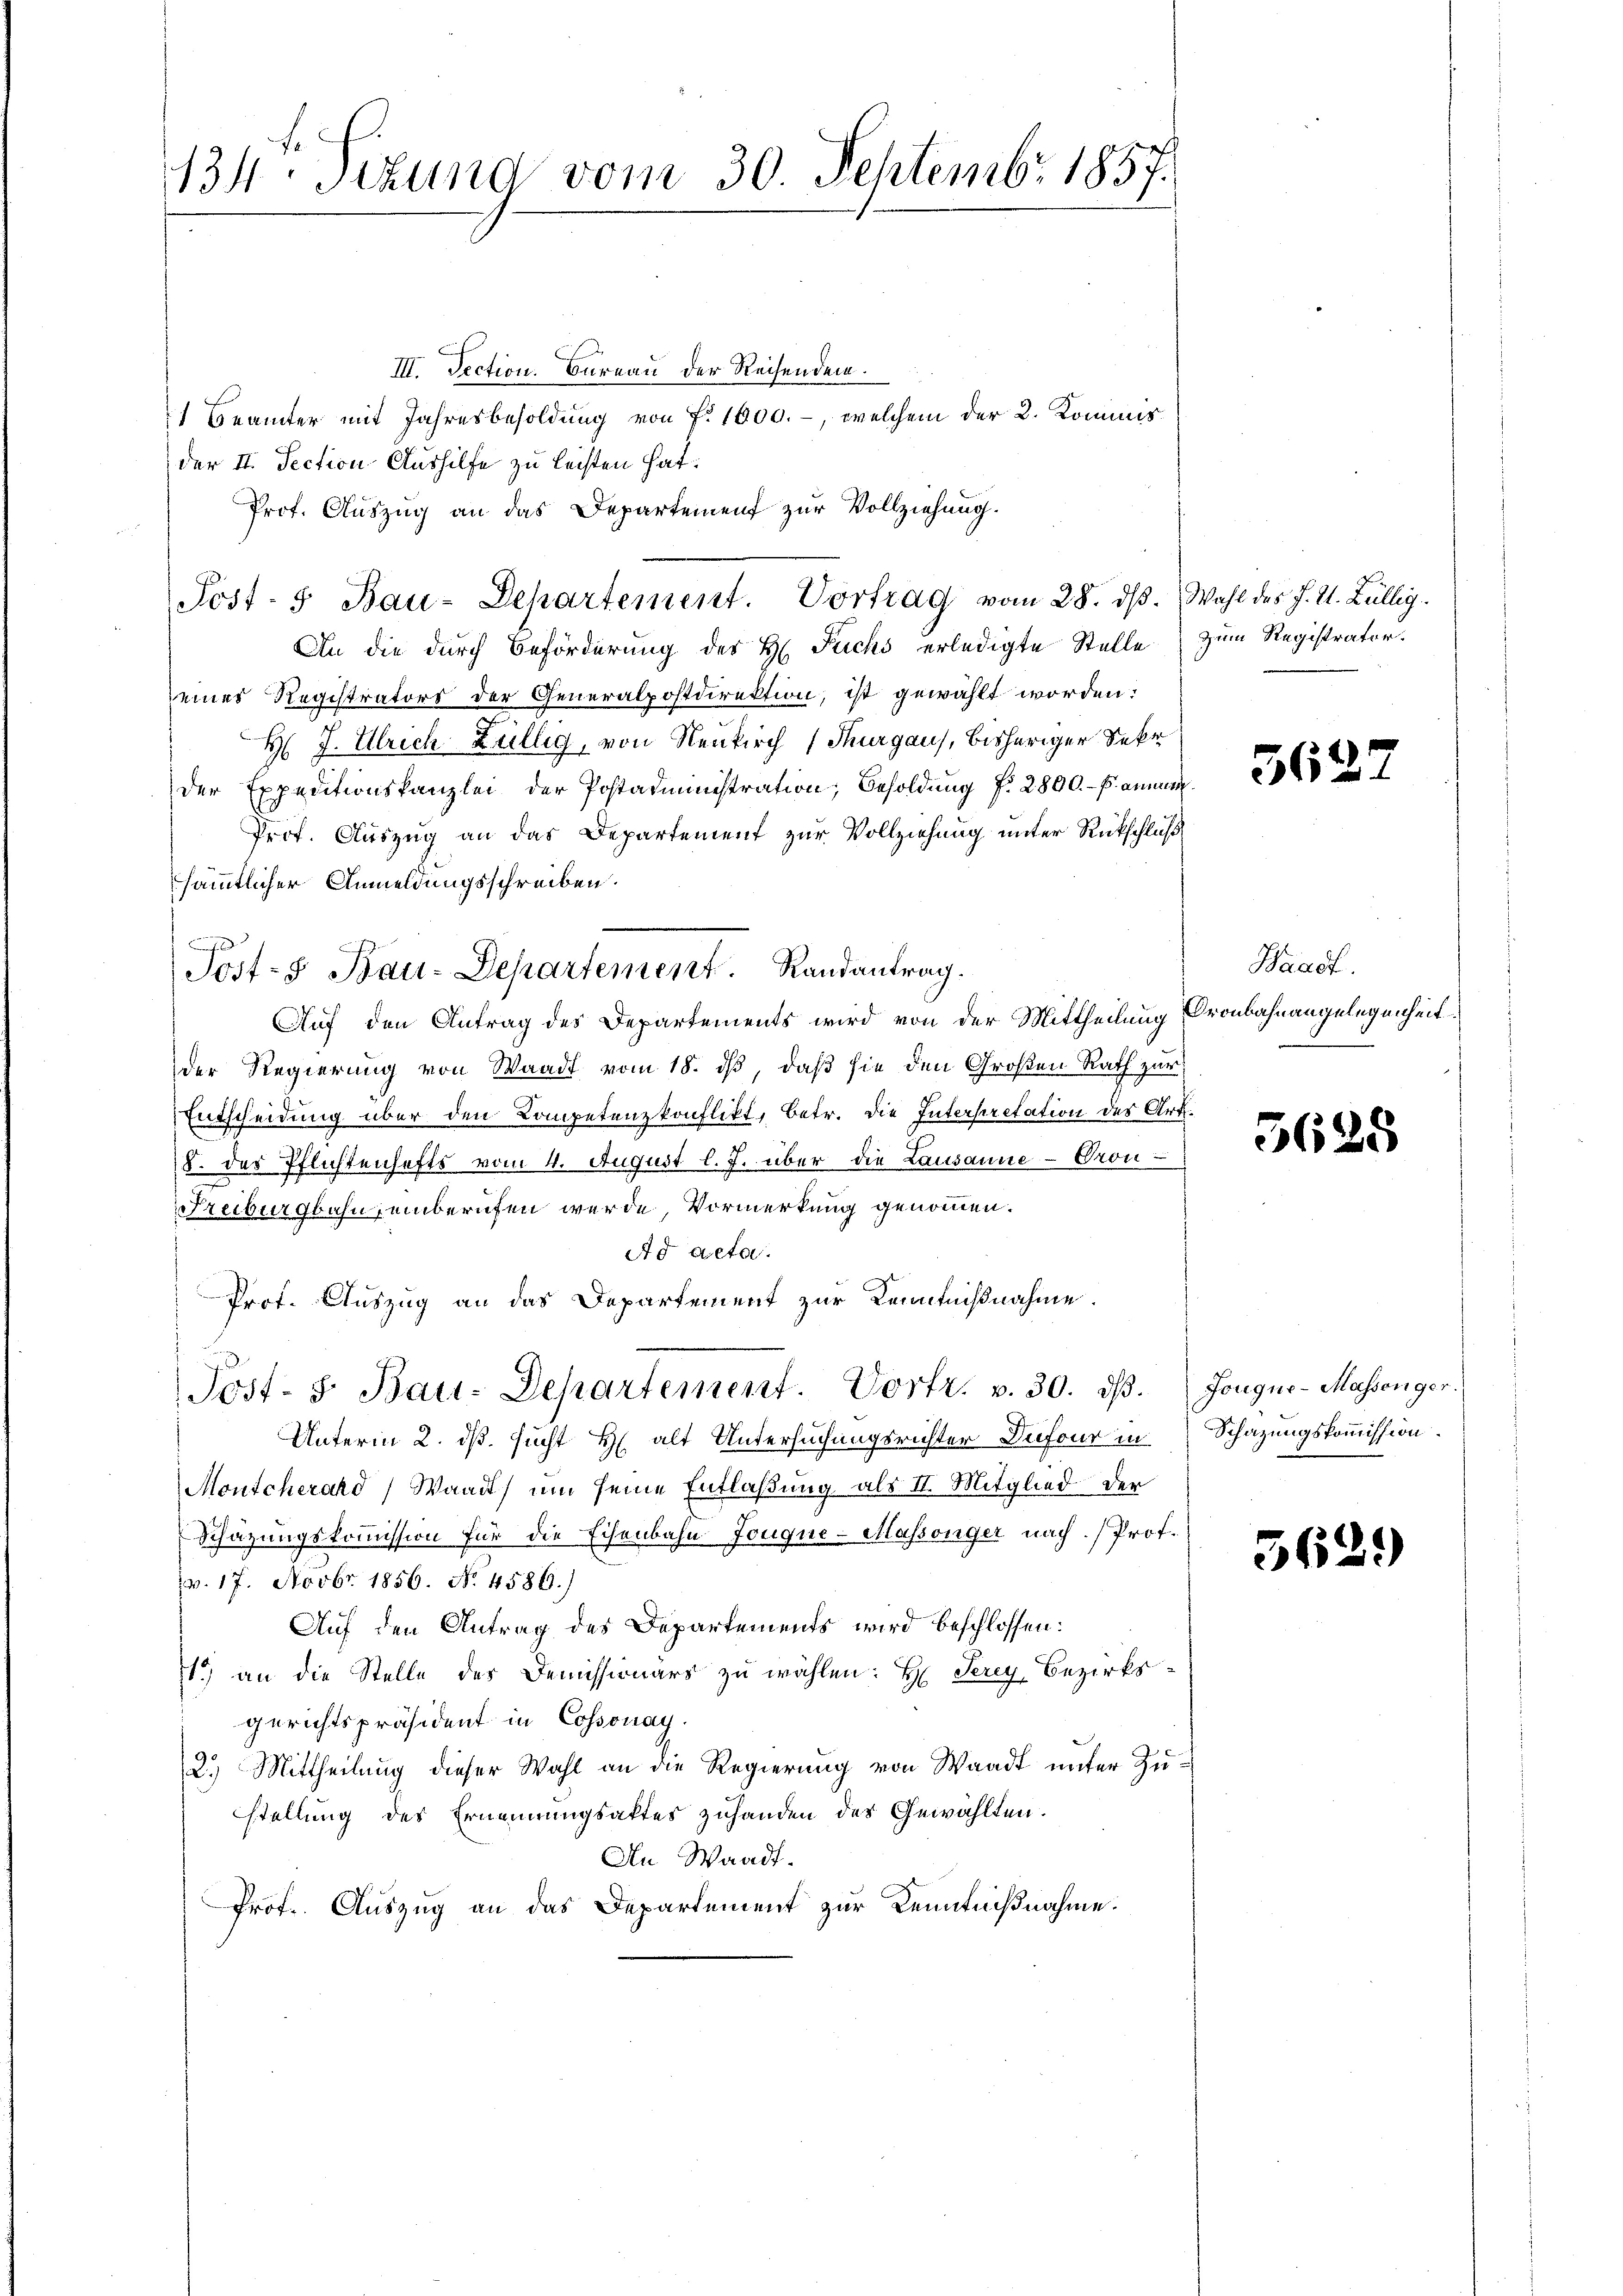
134. Sitzung vom 30. Septembr 1857.

III. Section. Bureau der Reisenden.
 Beamter mit Jahresbesoldung von Fr. 1000.-, welchem der 2. Kommis
der II. Section Aushilfe zu leisten hat.
Prof. Auszug an das Departement zur Vollziehung.
An die durch Beförderung des H. Fuchs erledigte Stelle zum Registrator.
eines Registrators der Generalpostdirektion, ist gewählt worden:
H J. Ulrich Zillig, von Neukirch (Thurgaus, bisheriger Sekr
der Expeditionskanzlei der Postadministration, Besoldung f. 2800.- Pammen.
Prof. Auszug an das Departement zur Vollziehung unter Rückschluß
sämmtlicher Anmeldungsschreiben.
A
Auf den Antrag des Departements wird von der Mittheilung Cronbahnangelegenheit
der Regierung von Waadt vom 18. ds, daß sie den Großen Rath zur
Entscheidung über den Competenzkonflikt, betr. die Interpretation des Art.
8. des Pflichtenhafts vom 4. August l. J. über die Lausanne - Gron-
Freiburgbahn, einberufen werde Vormerkung genommen.
Ad acta.
Prof. Auszug an das Departement zur Kenntnißnahme.
Post- 5. Bau-Departement. Vortr. v. 30. dβ.
Unterm 2. dß. sucht H. alt Untersuchungsrichter Dufour in
Montcherand, Waadt, um seine Entlaßung als II. Mitglied der
Schätzungskommission für die Eisenbahn Jouque- Massönger nach. Prof.
(v. 17. Novbr. 1856. No. 4586.)
Auf den Antrag des Departements wird beschlossen:
t.) an die Stelle des Demissionärs zu wählen: H Serey, Bezirks-
gerichtspräsident in Cossonay
2.) Mittheilŭng dieser Wahl an die Regierŭng von Waadt ŭnter Zustellung des Ernennungsaktes zuhanden des Gewählten.
An Waadt.
Prof. Auszug an das Departement zur Kenntnißnahme.

Sost- u Bau-Departement. Randantrag.

Post- u Bau-Departement. Vortrag vom 28. dβ. Wahl des J. V. Lullig.

56

Waadt.

5625

Jouque- Massenger.
Schazungskommission.

36.

)